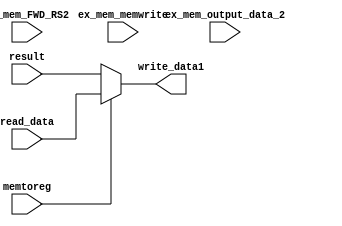
`timescale 1ns / 1ps
//////////////////////////////////////////////////////////////////////////////////
// Company: 
// Engineer: 
// 
// Design Name: 
// Module Name:    mem_wb_mux 
// Project Name: 
// Target Devices: 
// Tool versions: 
// Description: 
//
// Dependencies: 
//
// Revision: 
// Revision 0.01 - File Created
// Additional Comments: 
//
//////////////////////////////////////////////////////////////////////////////////
module mem_wb_mux(

input [1:0]ex_mem_FWD_RS2,
input ex_mem_memwrite,
input [31:0] ex_mem_output_data_2,
input memtoreg,
input [31:0] read_data,
input [31:0] result,
output reg [31:0] write_data1
);

always @(*) begin
	if(memtoreg == 1)
	write_data1 = read_data;
	else
	write_data1 = result;
   
	
end

endmodule